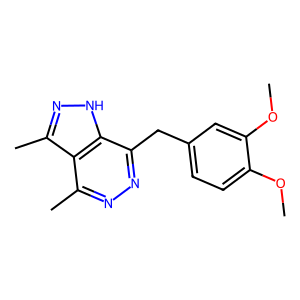
SMILES: COc1ccc(Cc2nnc(C)c3c(C)n[nH]c23)cc1OC
Inhibits HIV replication: No